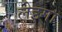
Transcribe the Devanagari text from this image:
लेइगा